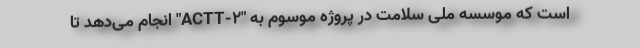
است که موسسه ملی سلامت در پروژه موسوم به "ACTT-۲" انجام می‌دهد تا